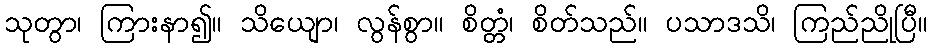
သုတွာ၊ ကြားနာ၍။ သိယျော၊ လွန်စွာ။ စိတ္တံ၊ စိတ်သည်။ ပသာဒသိ၊ ကြည်ညိုပြီ။